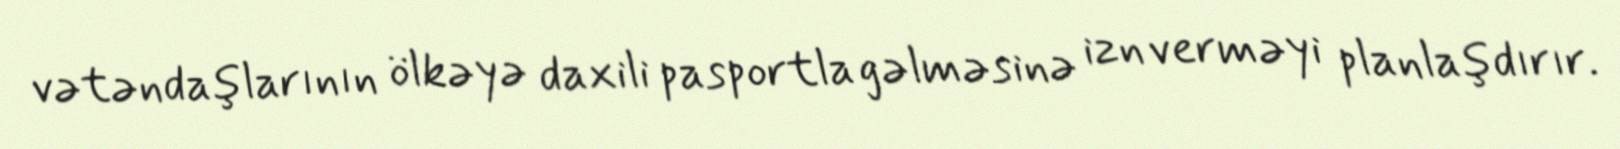
vətəndaşlarının ölkəyə daxili pasportla gəlməsinə izn verməyi planlaşdırır.